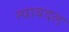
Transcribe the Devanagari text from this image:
त्याबदल